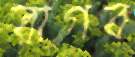
রাগব